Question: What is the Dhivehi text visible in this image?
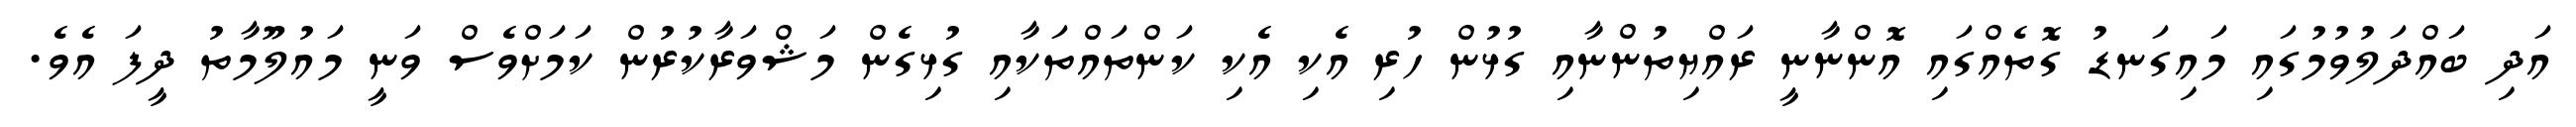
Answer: އަދި ބައްދަލުވުމުގައި މައިގަނޑު ގޮތެއްގައި އޮންނާނީ ރައްޔިތުންނާއި ގުޅުން ހުރި އެކި އެކި ކަންތައްތަކާއި ގުޅިގެން މަޝްވަރާކުރުން ކަމަށްވެސް ވަނީ މައުލޫމާތު ދީފަ އެވެ.